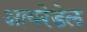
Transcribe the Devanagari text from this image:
आयरेडेल